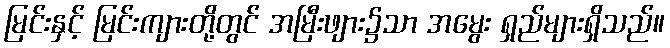
မြင်းနှင့် မြင်းကျားတို့တွင် အမြီးဖျား၌သာ အမွေး ရှည်များရှိသည်။